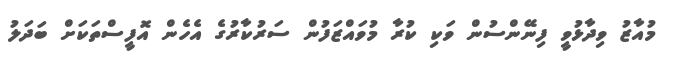
މުއާޒު ވިދާޅުވީ ފިނޭންސުން ވަކި ކުރާ މުވައްޒަފުން ސަރުކާރުގެ އެހެން އޮފީސްތަކަށް ބަދަލު